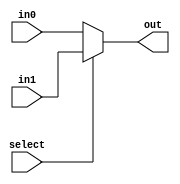
module mux_2(select, in0, in1, out);
	input select;
	input [31:0] in0, in1;
	output [31:0] out;
	assign out = select ? in1 : in0; //in1 if select is true, in0 if select is false
endmodule